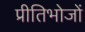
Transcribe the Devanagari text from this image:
प्रीतिभोजों